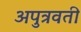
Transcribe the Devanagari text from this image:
अपुत्रवती